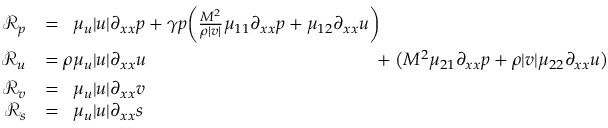
\begin{array} { r l } { \mathcal { R } _ { p } } & { = \phantom { \rho } \mu _ { u } | u | \partial _ { x x } p + \gamma p \bigg ( \frac { M ^ { \- 2 } } { \rho | v | } \mu _ { 1 1 } \partial _ { x x } p + \mu _ { 1 2 } \partial _ { x x } u \bigg ) \phantom { + \big ( M ^ { \- 2 } \mu _ { 2 1 } \partial _ { x x } p + \rho | v | \mu _ { 2 2 } \partial _ { x x } u \big ) } } \\ { \mathcal { R } _ { u } } & { = \rho \mu _ { u } | u | \partial _ { x x } u \phantom { + \gamma p \bigg ( \frac { M ^ { \- 2 } } { \rho | v | } \mu _ { 1 1 } \partial _ { x x } p + \mu _ { 1 2 } \partial _ { x x } u \bigg ) } + \big ( M ^ { \- 2 } \mu _ { 2 1 } \partial _ { x x } p + \rho | v | \mu _ { 2 2 } \partial _ { x x } u \big ) } \\ { \mathcal { R } _ { v } } & { = \phantom { \rho } \mu _ { u } | u | \partial _ { x x } v } \\ { \mathcal { R } _ { s } } & { = \phantom { \rho } \mu _ { u } | u | \partial _ { x x } s } \end{array}